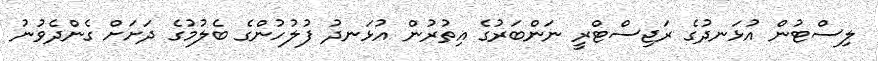
ލިސްޓުން އުޅަނދުގެ ރަޖިސްޓްރީ ނަންބަރުގެ އިތުރުން އުޅަނދު ފުލުހުންގެ ބެލުމުގެ ދަށަށް ގެންދެވުނު